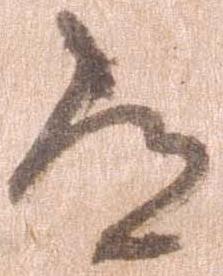
常